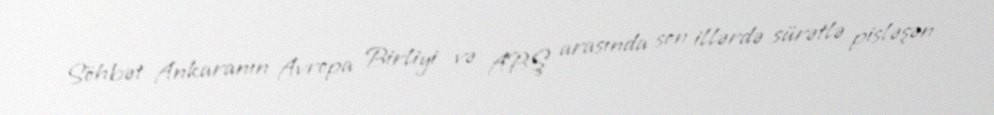
Söhbət Ankaranın Avropa Birliyi və ABŞ arasında son illərdə sürətlə pisləşən